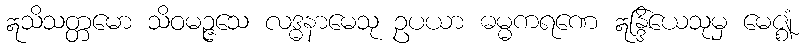
ဣသိသတ္တမော သိဝမဉ္ဇသေ လဒ္ဓနာမေသု ဥပယာ ဓမ္မကရဏေ ဣန္ဒြိယေသုမှ မေဇ္ဈံ